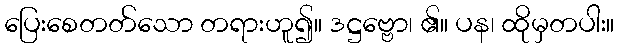
ပြေးစေတတ်သော တရားဟူ၍။ ဒဋ္ဌဗ္ဗော၊ ၏။ ပန၊ ထိုမှတပါး။